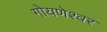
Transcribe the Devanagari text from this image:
गोयणेश्वर